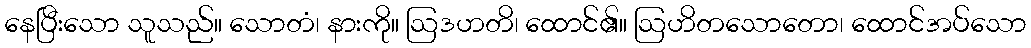
နေပြီးသော သူသည်။ သောတံ၊ နားကို။ ဩဒဟတိ၊ ထောင်၏။ ဩဟိတသောတော၊ ထောင်အပ်သော